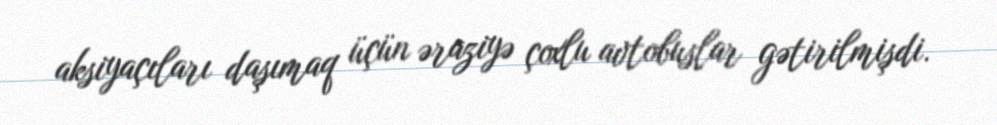
aksiyaçıları daşımaq üçün əraziyə çoxlu avtobuslar gətirilmişdi.